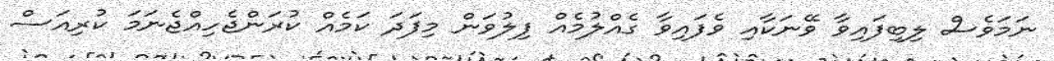
ނަމަވެސް ލިބިފައިވާ ވޭނަކާއި ވެފައިވާ ގެއްލުމެއް ފިލުވަން މިފަދަ ކަމެއް ކުރަންޖެހިއްޖެނަމަ ކުރިއަސް